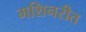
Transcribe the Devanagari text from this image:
मशिनरीत